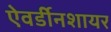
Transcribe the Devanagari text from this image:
ऐवर्डीनशायर